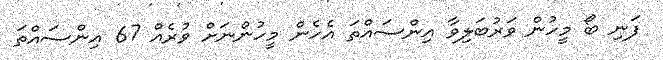
ފަނި ބޯ މީހުން ވަރުބަލިވާ އިންސައްތަ އެހެން މީހުންނަށް ވުރެއް 67 އިންސައްތަ